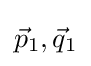
{\vec {p}}_{1},{\vec {q}}_{1}